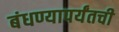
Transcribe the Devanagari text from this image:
बंधण्यापर्यंतची